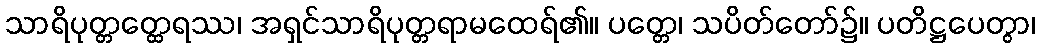
သာရိပုတ္တတ္ထေရဿ၊ အရှင်သာရိပုတ္တရာမထေရ်၏။ ပတ္တေ၊ သပိတ်တော်၌။ ပတိဋ္ဌပေတွာ၊